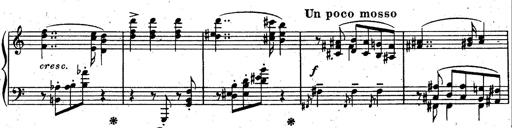
Title: God Save the Queen
Composer: Charles LÃ©on Hess
Key: A major